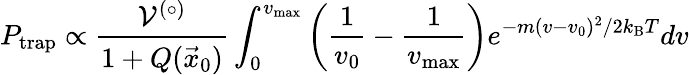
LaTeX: P_{\textrm{trap}}\propto\frac{\mathcal{V}^{(\circ)}}{1+Q(\vec{x}_{0})}\int_{0}^{v_{\textrm{max}}}\left(\frac{1}{v_{0}}-\frac{1}{v_{\textrm{max}}}\right)e^{-m(v-v_{0})^{2}/2k_{\textrm{B}}T}dv